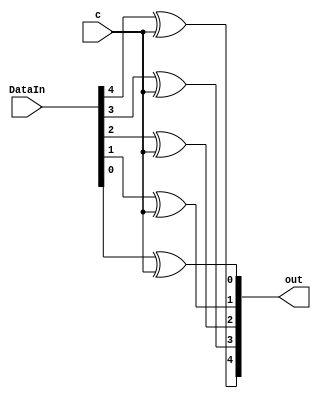
module xor_mux(out, DataIn, c);
	output [4:0] out;
	input [4:0] DataIn;
	input c;
	xor (out[4], DataIn[4], c);
	xor (out[3], DataIn[3], c);
	xor (out[2], DataIn[2], c);
	xor (out[1], DataIn[1], c);
	xor (out[0], DataIn[0], c);
endmodule